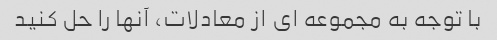
با توجه به مجموعه ای از معادلات، آنها را حل کنید